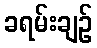
ခရမ်းချဉ်